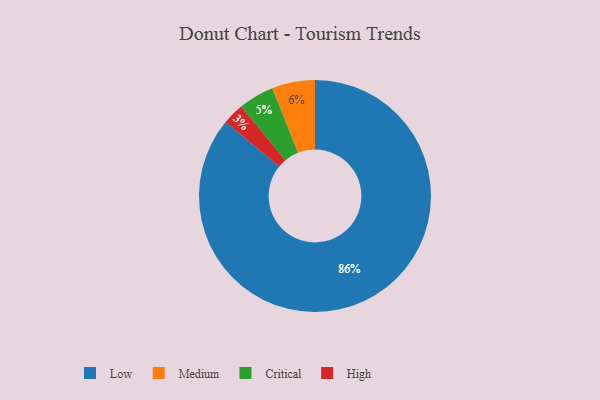
{"axis": {"x": "Category", "y": "Percentage"}, "legend": ["Critical", "High", "Low", "Medium"], "data": [{"x": "High", "y": 3, "type": "High"}, {"x": "Critical", "y": 5, "type": "Critical"}, {"x": "Medium", "y": 6, "type": "Medium"}, {"x": "Low", "y": 86, "type": "Low"}]}